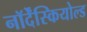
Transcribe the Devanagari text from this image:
नॉर्देंस्कियोल्ड